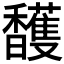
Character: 𲋲